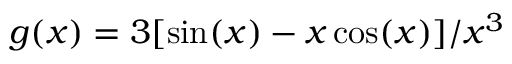
g ( x ) = 3 [ \sin ( x ) - x \cos ( x ) ] / x ^ { 3 }